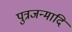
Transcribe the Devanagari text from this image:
पुत्रजन्मादि